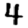
Digit: 4